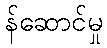
န်ဆောင်မှု